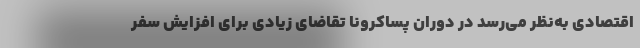
اقتصادی به‌نظر می‌رسد در دوران پساکرونا تقاضای زیادی برای افزایش سفر